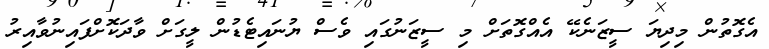
އެގޮތުން މިދިޔަ ސީޒަނެކޭ އެއްގޮތަށް މި ސީޒަނުގައި ވެސް ޔުނައިޓެޑުން ލީގަށް ވާދަކޮށްފައިނުވާއިރު